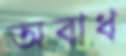
অবাধ